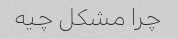
چرا مشکل چیه